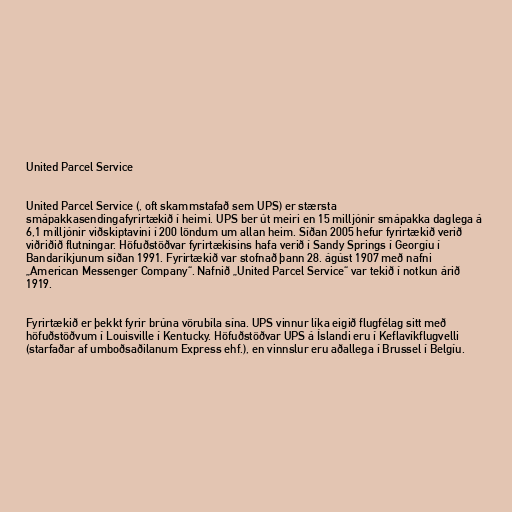
United Parcel Service

United Parcel Service (, oft skammstafað sem UPS) er stærsta
smápakkasendingafyrirtækið í heimi. UPS ber út meiri en 15 milljónir smápakka daglega á
6,1 milljónir viðskiptavini í 200 löndum um allan heim. Síðan 2005 hefur fyrirtækið verið
viðriðið flutningar. Höfuðstöðvar fyrirtækisins hafa verið í Sandy Springs í Georgíu í
Bandaríkjunum síðan 1991. Fyrirtækið var stofnað þann 28. ágúst 1907 með nafni
„American Messenger Company“. Nafnið „United Parcel Service“ var tekið í notkun árið
1919.

Fyrirtækið er þekkt fyrir brúna vörubíla sína. UPS vinnur líka eigið flugfélag sitt með
höfuðstöðvum í Louisville í Kentucky. Höfuðstöðvar UPS á Íslandi eru í Keflavíkflugvelli
(starfaðar af umboðsaðilanum Express ehf.), en vinnslur eru aðallega í Brussel í Belgíu.